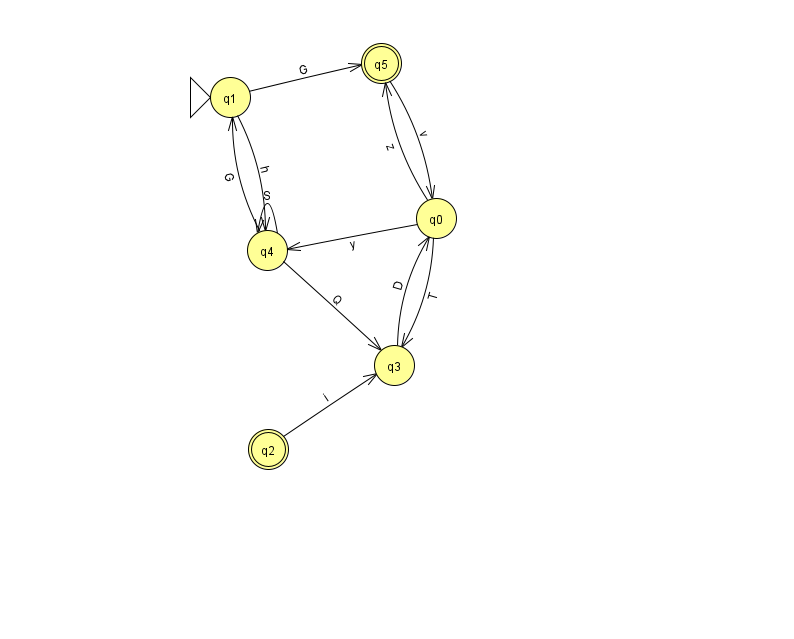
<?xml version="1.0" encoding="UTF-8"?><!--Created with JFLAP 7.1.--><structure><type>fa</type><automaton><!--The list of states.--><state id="0" name="q0"><x>436.0</x><y>205.0</y></state><state id="1" name="q1"><x>230.0</x><y>84.0</y><initial/></state><state id="2" name="q2"><x>268.0</x><y>436.0</y><final/></state><state id="3" name="q3"><x>394.0</x><y>352.0</y></state><state id="4" name="q4"><x>267.0</x><y>237.0</y></state><state id="5" name="q5"><x>381.0</x><y>50.0</y><final/></state><!--The list of transitions.--><transition><from>0</from><to>4</to><read>y</read></transition><transition><from>0</from><to>3</to><read>T</read></transition><transition><from>3</from><to>0</to><read>D</read></transition><transition><from>0</from><to>5</to><read>z</read></transition><transition><from>4</from><to>4</to><read>S</read></transition><transition><from>1</from><to>4</to><read>h</read></transition><transition><from>1</from><to>5</to><read>G</read></transition><transition><from>4</from><to>1</to><read>G</read></transition><transition><from>2</from><to>3</to><read>i</read></transition><transition><from>4</from><to>3</to><read>Q</read></transition><transition><from>5</from><to>0</to><read>v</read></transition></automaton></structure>